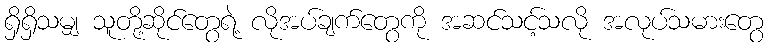
ရှိရှိသမျှ သူတို့ဆိုင်တွေရဲ့ လိုအပ်ချက်တွေကို အဆင်သင့်သလို အလုပ်သမားတွေ